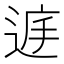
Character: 𨓍